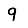
Digit: 9